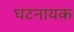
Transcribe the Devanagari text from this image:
घटनायक